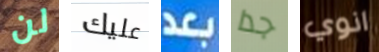
لن عليك بعد جدا انوي